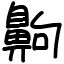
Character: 齁